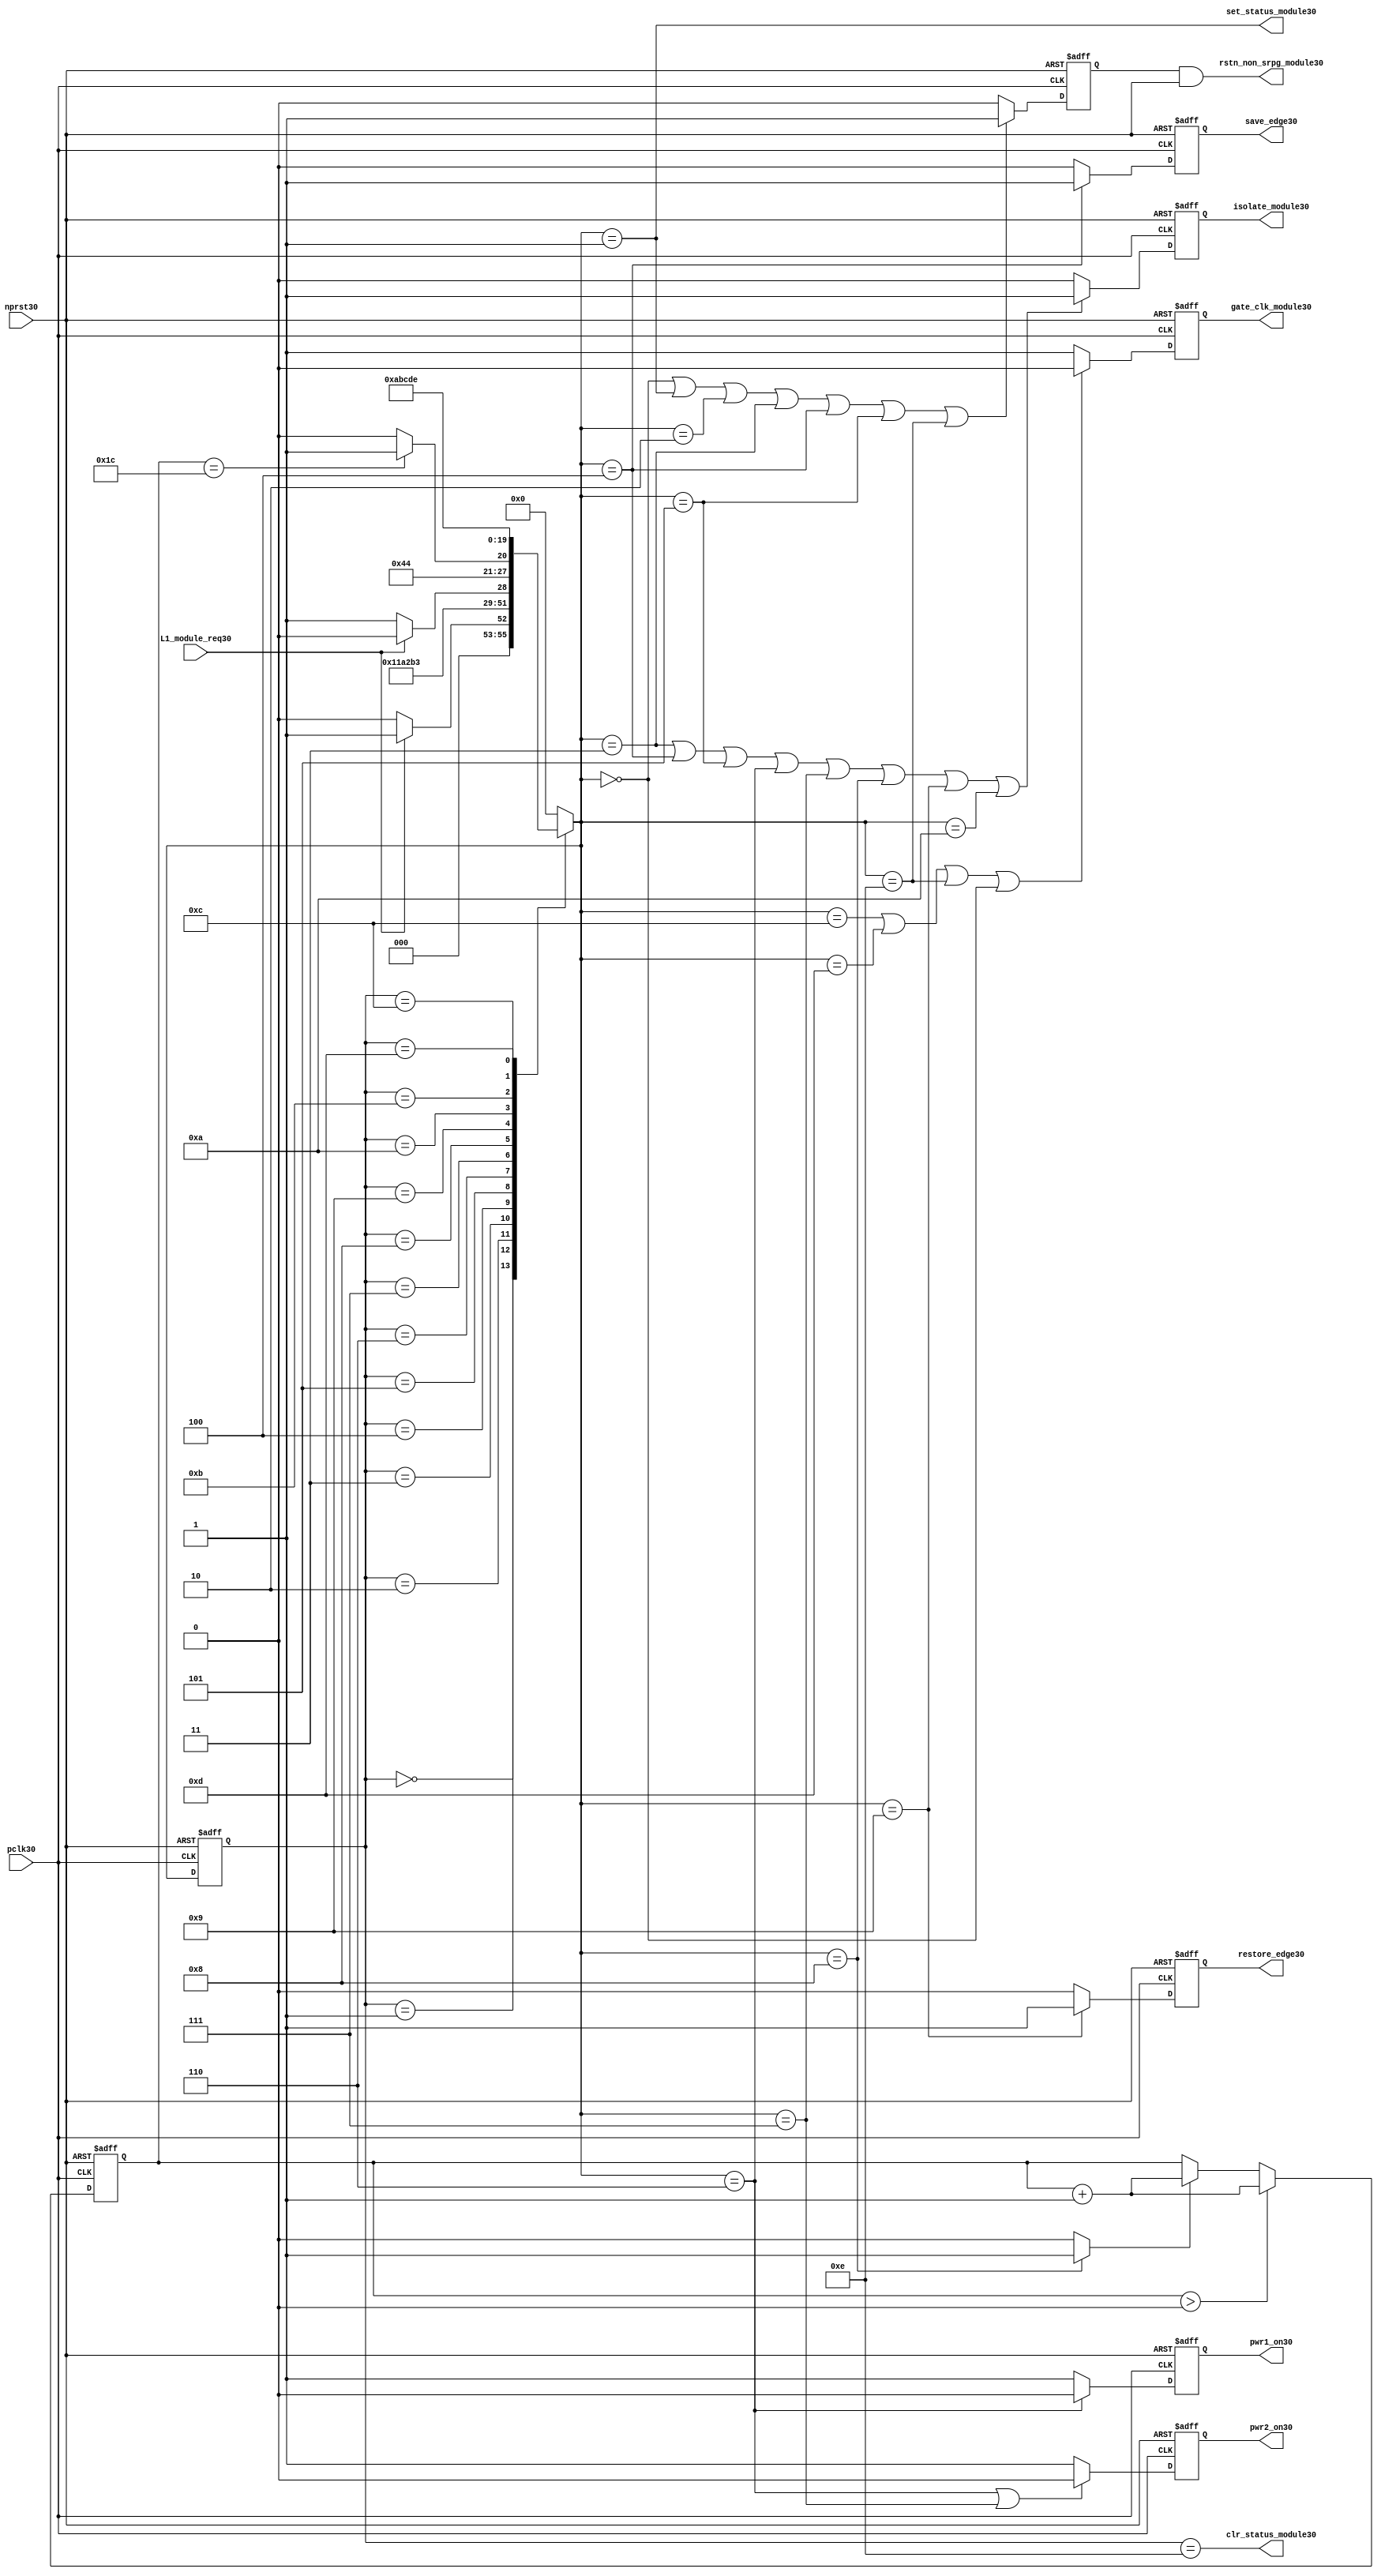
//File30 name   : power_ctrl_sm30.v
//Title30       : Power30 Controller30 state machine30
//Created30     : 1999
//Description30 : State30 machine30 of power30 controller30
//Notes30       : 
//----------------------------------------------------------------------
//   Copyright30 1999-2010 Cadence30 Design30 Systems30, Inc30.
//   All Rights30 Reserved30 Worldwide30
//
//   Licensed30 under the Apache30 License30, Version30 2.0 (the
//   "License30"); you may not use this file except30 in
//   compliance30 with the License30.  You may obtain30 a copy of
//   the License30 at
//
//       http30://www30.apache30.org30/licenses30/LICENSE30-2.0
//
//   Unless30 required30 by applicable30 law30 or agreed30 to in
//   writing, software30 distributed30 under the License30 is
//   distributed30 on an "AS30 IS30" BASIS30, WITHOUT30 WARRANTIES30 OR30
//   CONDITIONS30 OF30 ANY30 KIND30, either30 express30 or implied30.  See
//   the License30 for the specific30 language30 governing30
//   permissions30 and limitations30 under the License30.
//----------------------------------------------------------------------
module power_ctrl_sm30 (

    // Clocks30 & Reset30
    pclk30,
    nprst30,

    // Register Control30 inputs30
    L1_module_req30,
    set_status_module30,
    clr_status_module30,

    // Module30 control30 outputs30
    rstn_non_srpg_module30,
    gate_clk_module30,
    isolate_module30,
    save_edge30,
    restore_edge30,
    pwr1_on30,
    pwr2_on30

);

input    pclk30;
input    nprst30;

input    L1_module_req30;
output   set_status_module30;
output   clr_status_module30;
    
output   rstn_non_srpg_module30;
output   gate_clk_module30;
output   isolate_module30;
output   pwr1_on30;
output   pwr2_on30;
output save_edge30;
output restore_edge30;

wire    set_status_module30;
wire    clr_status_module30;

wire    rstn_non_srpg_module30;
reg     gate_clk_module30;
reg     isolate_module30;
reg     pwr1_on30;
reg     pwr2_on30;

reg save_edge30;

reg restore_edge30;
   
// FSM30 state
reg  [3:0] currentState30, nextState30;
reg     rstn_non_srpg30;
reg [4:0] trans_cnt30;

parameter Init30 = 0; 
parameter Clk_off30 = 1; 
parameter Wait130 = 2; 
parameter Isolate30 = 3; 
parameter Save_edge30 = 4; 
parameter Pre_pwr_off30 = 5; 
parameter Pwr_off30 = 6; 
parameter Pwr_on130 = 7; 
parameter Pwr_on230 = 8; 
parameter Restore_edge30 = 9; 
parameter Wait230 = 10; 
parameter De_isolate30 = 11; 
parameter Clk_on30 = 12; 
parameter Wait330 = 13; 
parameter Rst_clr30 = 14;


// Power30 Shut30 Off30 State30 Machine30

// FSM30 combinational30 process
always @  (*)
  begin
    case (currentState30)

      // Commence30 PSO30 once30 the L130 req bit is set.
      Init30:
        if (L1_module_req30 == 1'b1)
          nextState30 = Clk_off30;         // Gate30 the module's clocks30 off30
        else
          nextState30 = Init30;            // Keep30 waiting30 in Init30 state
        
      Clk_off30 :
        nextState30 = Wait130;             // Wait30 for one cycle
 
      Wait130  :                         // Wait30 for clk30 gating30 to take30 effect
        nextState30 = Isolate30;           // Start30 the isolation30 process
          
      Isolate30 :
        nextState30 = Save_edge30;
        
      Save_edge30 :
        nextState30 = Pre_pwr_off30;

      Pre_pwr_off30 :
        nextState30 = Pwr_off30;
      // Exit30 PSO30 once30 the L130 req bit is clear.

      Pwr_off30 :
        if (L1_module_req30 == 1'b0)
          nextState30 = Pwr_on130;         // Resume30 power30 if the L1_module_req30 bit is cleared30
        else
          nextState30 = Pwr_off30;         // Wait30 until the L1_module_req30 bit is cleared30
        
      Pwr_on130 :
        nextState30 = Pwr_on230;
          
      Pwr_on230 :
        if(trans_cnt30 == 5'd28)
          nextState30 = Restore_edge30;
        else 
          nextState30 = Pwr_on230;
          
      Restore_edge30 :
        nextState30 = Wait230;

      Wait230 :
        nextState30 = De_isolate30;
          
      De_isolate30 :
        nextState30 = Clk_on30;
          
      Clk_on30 :
        nextState30 = Wait330;
          
      Wait330  :                         // Wait30 for clock30 to resume
        nextState30 = Rst_clr30 ;     
 
      Rst_clr30 :
        nextState30 = Init30;
        
      default  :                       // Catch30 all
        nextState30 = Init30; 
        
    endcase
  end


  // Signals30 Sequential30 process - gate_clk_module30
always @ (posedge pclk30 or negedge nprst30)
  begin
    if (~nprst30)
      gate_clk_module30 <= 1'b0;
    else 
      if (nextState30 == Clk_on30 | nextState30 == Wait330 | nextState30 == Rst_clr30 | 
          nextState30 == Init30)
          gate_clk_module30 <= 1'b0;
      else
          gate_clk_module30 <= 1'b1;
  end

// Signals30 Sequential30 process - rstn_non_srpg30
always @ (posedge pclk30 or negedge nprst30)
  begin
    if (~nprst30)
      rstn_non_srpg30 <= 1'b0;
    else
      if ( nextState30 == Init30 | nextState30 == Clk_off30 | nextState30 == Wait130 | 
           nextState30 == Isolate30 | nextState30 == Save_edge30 | nextState30 == Pre_pwr_off30 | nextState30 == Rst_clr30)
        rstn_non_srpg30 <= 1'b1;
      else
        rstn_non_srpg30 <= 1'b0;
   end


// Signals30 Sequential30 process - pwr1_on30 & pwr2_on30
always @ (posedge pclk30 or negedge nprst30)
  begin
    if (~nprst30)
      pwr1_on30 <=  1'b1;  // power30 gates30 1 & 2 are on
    else
      if (nextState30 == Pwr_off30 )
        pwr1_on30 <= 1'b0;  // shut30 off30 both power30 gates30 1 & 2
      else
        pwr1_on30 <= 1'b1;
  end


// Signals30 Sequential30 process - pwr1_on30 & pwr2_on30
always @ (posedge pclk30 or negedge nprst30)
  begin
    if (~nprst30)
       pwr2_on30 <= 1'b1;      // power30 gates30 1 & 2 are on
    else
      if (nextState30 == Pwr_off30 | nextState30 == Pwr_on130)
        pwr2_on30 <= 1'b0;     // shut30 off30 both power30 gates30 1 & 2
      else
        pwr2_on30 <= 1'b1;
   end


// Signals30 Sequential30 process - isolate_module30 
always @ (posedge pclk30 or negedge nprst30)
  begin
    if (~nprst30)
        isolate_module30 <= 1'b0;
    else
      if (nextState30 == Isolate30 | nextState30 == Save_edge30 | nextState30 == Pre_pwr_off30 |  nextState30 == Pwr_off30 | nextState30 == Pwr_on130 |
          nextState30 == Pwr_on230 | nextState30 == Restore_edge30 | nextState30 == Wait230)
         isolate_module30 <= 1'b1;       // Activate30 the isolate30 and retain30 signals30
      else
         isolate_module30 <= 1'b0;        
   end    

// enabling save edge
always @ (posedge pclk30 or negedge nprst30)
  begin
    if (~nprst30)
        save_edge30 <= 1'b0;
    else
      if (nextState30 == Save_edge30 )
         save_edge30 <= 1'b1;       // Activate30 the isolate30 and retain30 signals30
      else
         save_edge30 <= 1'b0;        
   end    
// stabilising30 count
wire restore_change30;
assign restore_change30 = (nextState30 == Pwr_on230) ? 1'b1: 1'b0;

always @ (posedge pclk30 or negedge nprst30)
  begin
    if (~nprst30)
      trans_cnt30 <= 0;
    else if (trans_cnt30 > 0)
      trans_cnt30  <= trans_cnt30 + 1;
    else if (restore_change30)
      trans_cnt30  <= trans_cnt30 + 1;
  end

// enabling restore30 edge
always @ (posedge pclk30 or negedge nprst30)
  begin
    if (~nprst30)
        restore_edge30 <= 1'b0;
    else
      if (nextState30 == Restore_edge30)
         restore_edge30 <= 1'b1;       // Activate30 the isolate30 and retain30 signals30
      else
         restore_edge30 <= 1'b0;        
   end    


// FSM30 Sequential30 process
always @ (posedge pclk30 or negedge nprst30)
  begin
    if (~nprst30)
      currentState30 <= Init30;
    else
      currentState30 <= nextState30;
  end


// Reset30 for non-SRPG30 FFs30 is a combination30 of the nprst30 and the reset during PSO30
assign  rstn_non_srpg_module30 = rstn_non_srpg30 & nprst30;

assign  set_status_module30 = (nextState30 == Clk_off30);    // Set the L130 status bit  
assign  clr_status_module30 = (currentState30 == Rst_clr30); // Clear the L130 status bit  
  

`ifdef LP_ABV_ON30

// psl30 default clock30 = (posedge pclk30);

// Never30 have the set and clear status signals30 both set
// psl30 output_no_set_and_clear30 : assert never {set_status_module30 & clr_status_module30};



// Isolate30 signal30 should become30 active on the 
// Next30 clock30 after Gate30 signal30 is activated30
// psl30 output_pd_seq30:
//    assert always
//	  {rose30(gate_clk_module30)} |=> {[*1]; {rose30(isolate_module30)} }
//    abort30(~nprst30);
//
//
//
// Reset30 signal30 for Non30-SRPG30 FFs30 and POWER30 signal30 for
// SMC30 should become30 LOW30 on clock30 cycle after Isolate30 
// signal30 is activated30
// psl30 output_pd_seq_stg_230:
//    assert always
//    {rose30(isolate_module30)} |=>
//    {[*2]; {{fell30(rstn_non_srpg_module30)} && {fell30(pwr1_on30)}} }
//    abort30(~nprst30);
//
//
// Whenever30 pwr1_on30 goes30 to LOW30 pwr2_on30 should also go30 to LOW30
// psl30 output_pwr2_low30:
//    assert always
//    { fell30(pwr1_on30) } |->  { fell30(pwr2_on30) }
//    abort30(~nprst30);
//
//
// Whenever30 pwr1_on30 becomes HIGH30 , On30 Next30 clock30 cycle pwr2_on30
// should also become30 HIGH30
// psl30 output_pwr2_high30:
//    assert always
//    { rose30(pwr1_on30) } |=>  { (pwr2_on30) }
//    abort30(~nprst30);
//
`endif


endmodule